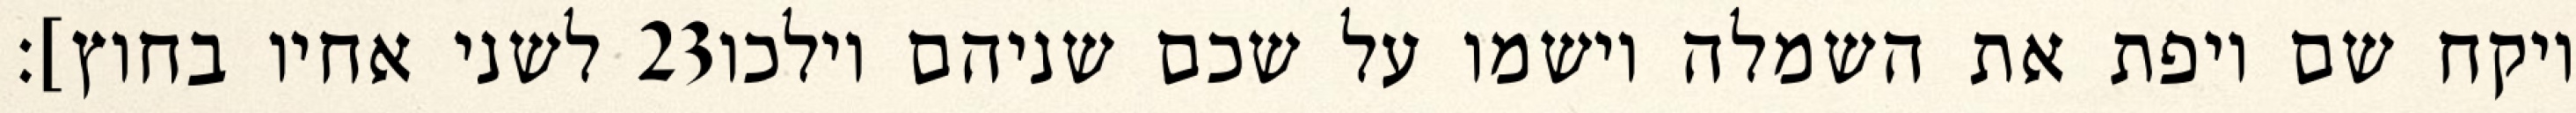
לשני אחיו בחוץ]׃ ‎23‏ ויקח שם ויפת את השמלה וישמו על שכם שניהם וילכו